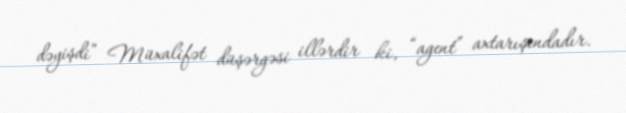
dəyişdi” Müxalifət düşərgəsi illərdir ki, “agent” axtarışındadır.